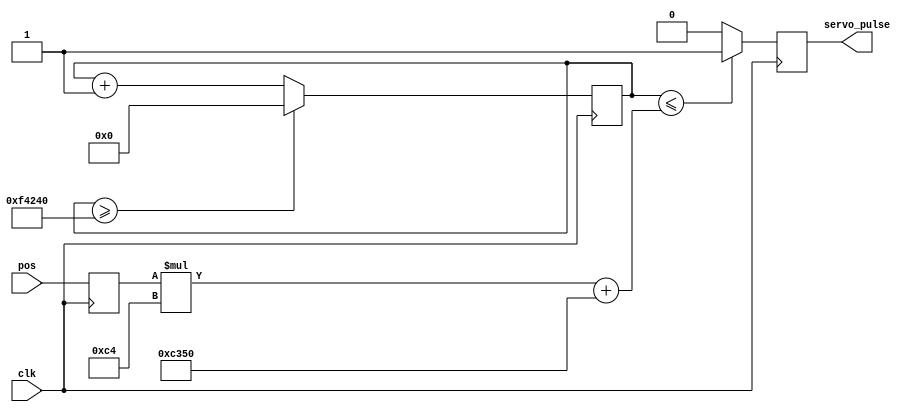
module servo_PWM (clk, pos, servo_pulse);
	input clk;
	input[7:0] pos;
	output reg servo_pulse;
	reg [19:0] counter;
	reg [7:0] test;

	parameter CLOCK_DIVIDER = 196;
	
	always @ (posedge clk)
		begin
			counter <= counter + 1;
			test[7:0] <= pos[7:0];
			if (counter <= (test[7:0] * CLOCK_DIVIDER) + 50000) servo_pulse <= 1;
			else servo_pulse <= 0;
			if (counter >= 1000000) counter <= 0;
		end
		
endmodule